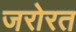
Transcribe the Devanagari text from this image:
जरोरत